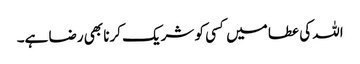
اللہ کی عطا میں کسی کو شریک کرنا بھی رضا ہے۔